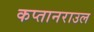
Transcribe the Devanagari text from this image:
कप्तानराउल